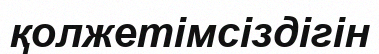
қолжетімсіздігін